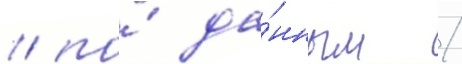
/ по́ да́нным /